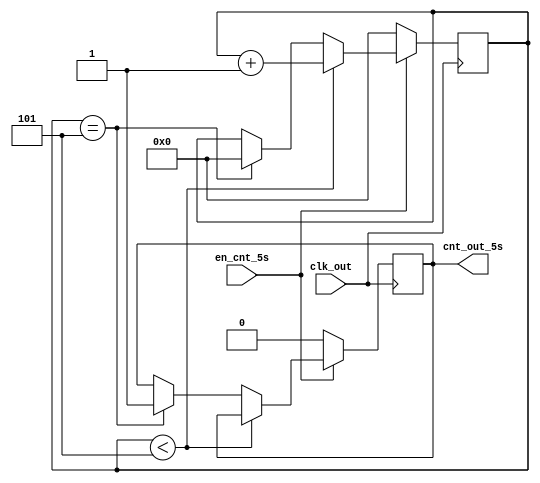
module cnt_5s(clk_out,en_cnt_5s,cnt_out_5s);

	input clk_out;//1s
	input en_cnt_5s;//
	output reg cnt_out_5s;//5s
	reg [3:0]cnt_5s_;//
	
	initial begin
		cnt_5s_ = 4'b0000;
		cnt_out_5s = 1'b0;
	end
	
	always@(posedge clk_out)begin

		
		if(en_cnt_5s)begin
			if(cnt_5s_ < 4'b0101)begin
				cnt_5s_ = cnt_5s_ + 4'b0001;//
			end
			else if (cnt_5s_ == 4'b0101)begin
				cnt_5s_ = 4'b0000;
				cnt_out_5s = 1;
			end
		end
		else if(!en_cnt_5s)begin
			cnt_out_5s = 0;
			cnt_5s_ = 4'b0000;
		end
	end
	

endmodule